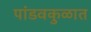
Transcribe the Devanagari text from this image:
पांडवकुळात